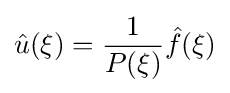
{\hat {u}}(\xi )={\frac {1}{P(\xi )}}{\hat {f}}(\xi )